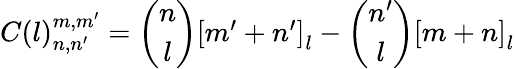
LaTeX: C(l)_{n,n^{\prime}}^{m,m^{\prime}}=\left(\begin{array}{cc}{{n}}\\ {{l}}\end{array}\right)\left[\begin{array}{c}{{m^{\prime}+n^{\prime}}}\end{array}\right]_{l}-\left(\begin{array}{cc}{{n^{\prime}}}\\ {{l}}\end{array}\right)\left[\begin{array}{c}{{m+n}}\end{array}\right]_{l}